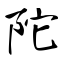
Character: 陀